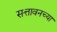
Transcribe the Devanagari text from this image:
सत्तावनच्या